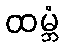
ထမ္ဘံ